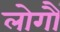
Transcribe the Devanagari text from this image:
लोगौं